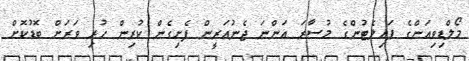
މޯލްޑިވިއަންގެ ޕައިލެޓުންގެ މުސާރަ އަންނަ ޖެނުއަރީން ފެށިގެން ކުރިން ހުރި ވަރަށް ބޮޑުކޮށް